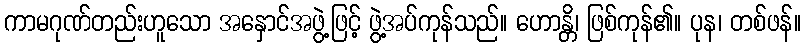
ကာမဂုဏ်တည်းဟူသော အနှောင်အဖွဲ့ဖြင့် ဖွဲ့အပ်ကုန်သည်။ ဟောန္တိ၊ ဖြစ်ကုန်၏။ ပုန၊ တစ်ဖန်။